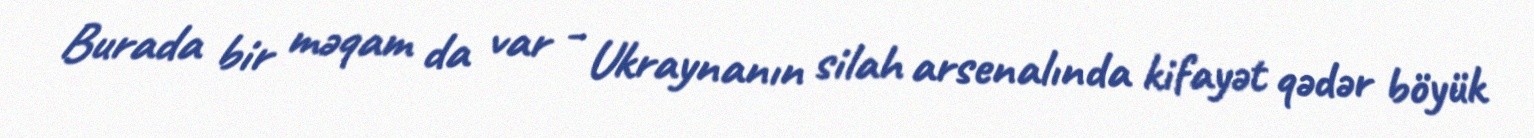
Burada bir məqam da var - Ukraynanın silah arsenalında kifayət qədər böyük